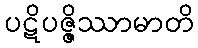
ပဋိပဇ္ဇိဿာမာတိ